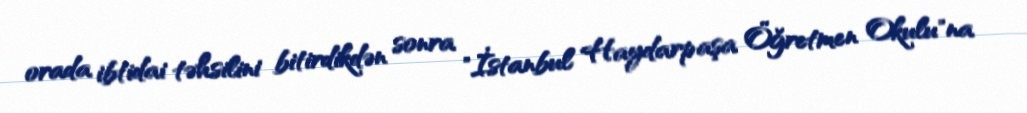
orada ibtidai təhsilini bitirdikdən sonra "İstanbul Haydarpaşa Öğretmen Okulu"na